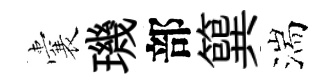
囊璣部簨湍